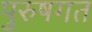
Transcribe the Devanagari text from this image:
पुरुषगत